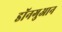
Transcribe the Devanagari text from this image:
डॉनगुआन